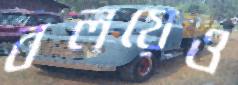
বলয়েও